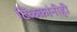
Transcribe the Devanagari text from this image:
टिळकांनीही